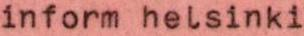
inform helsinki